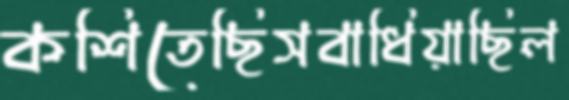
কশিতেছিসবাধিয়াছিল